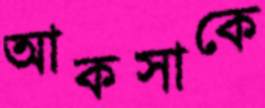
আকসাকে